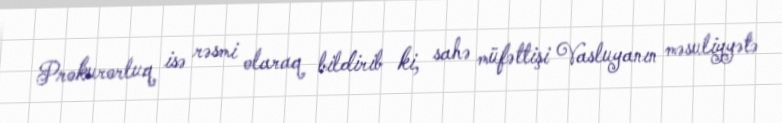
Prokurorluq isə rəsmi olaraq bildirib ki, sahə müfəttişi Vasluyanın məsuliyyətə